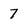
Character: 7